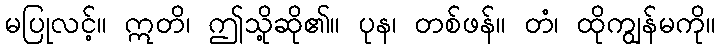
မပြုလင့်။ ဣတိ၊ ဤသို့ဆို၏။ ပုန၊ တစ်ဖန်။ တံ၊ ထိုကျွန်မကို။